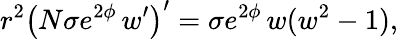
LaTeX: r^{2}\left(N\sigma e^{2\phi}\, w^{\prime}\right)^{\prime}=\sigma e^{2\phi}\, w(w^{2}-1),